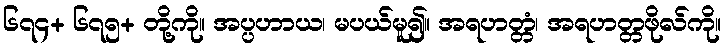
၆၇၄+ ၆၇၅+ တို့ကို။ အပ္ပဟာယ၊ မပယ်မူ၍။ အရဟတ္တံ၊ အရဟတ္တဖိုလ်ကို။